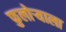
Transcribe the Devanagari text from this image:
फुलोऱ्याला